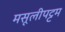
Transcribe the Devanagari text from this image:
मसूलीपट्टम